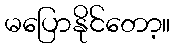
မပြောနိုင်တော့။